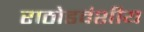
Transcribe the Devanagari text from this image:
राठोडवंशीय